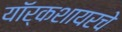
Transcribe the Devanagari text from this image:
यॉर्कशायरचे